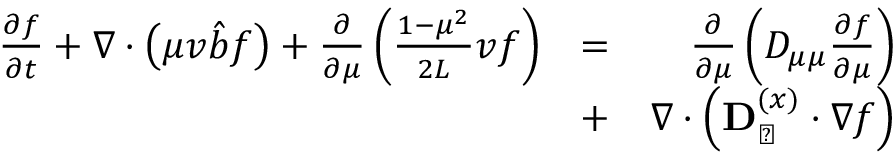
\begin{array} { r l r } { \frac { \partial f } { \partial t } + \nabla \cdot \left( \mu v \hat { b } f \right) + \frac { \partial } { \partial \mu } \left( \frac { 1 - \mu ^ { 2 } } { 2 L } v f \right) } & { = } & { \frac { \partial } { \partial \mu } \left( D _ { \mu \mu } \frac { \partial f } { \partial \mu } \right) } \\ & { + } & { \nabla \cdot \left( \mathbf { D } _ { \perp } ^ { ( x ) } \cdot \nabla f \right) } \end{array}